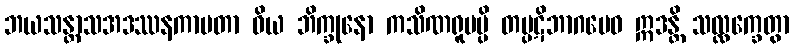
ဘယသန္တာသအဒဿနကာမတာ ဝိယ ဘိက္ခုနော ကသိဏရူပမ္ပိ တပ္ပဋိဘာဂမေဝ ဣဒန္တိ သလ္လက္ခေတွာ